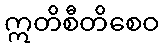
ဣတိစီတိစေဝ